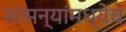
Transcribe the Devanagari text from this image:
सामन्यांमध्येच